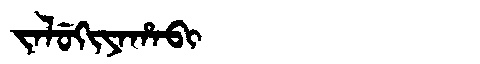
Manchu: ᠵᠠᠯᡠᡴᡳᠶᠠᡥᠠᠪᡳ
Romanization: JALUKIYAHABI